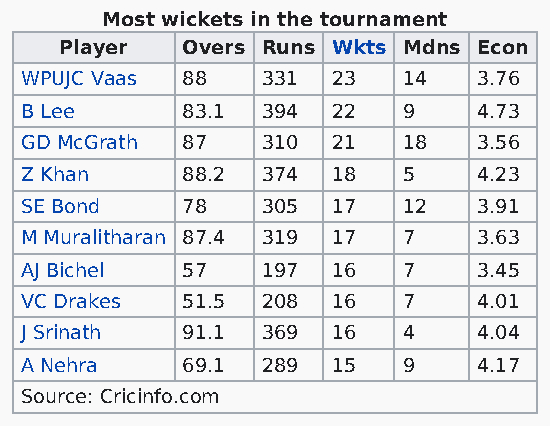
Most wickets in the tournament
 Player  Overs Runs Wkts Mdns Econ
 WPUJC Vaas 88   331  23   14   3.76
 B Lee      83.1 394  22   9    4.73
 GD McGrath 87   310  21   18   3.56
 Z Khan     88.2 374  18   5    4.23
 SE Bond    78   305  17   12   3.91
 M Muralitharan 87.4 319 17 7   3.63
 AJ Bichel  57   197  16   7    3.45
 VC Drakes  51.5 208  16   7    4.01
 J Srinath  91.1 369  16   4    4.04
 A Nehra    69.1 289  15   9    4.17
 Source: Cricinfo.com